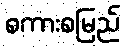
စကားစမြည်